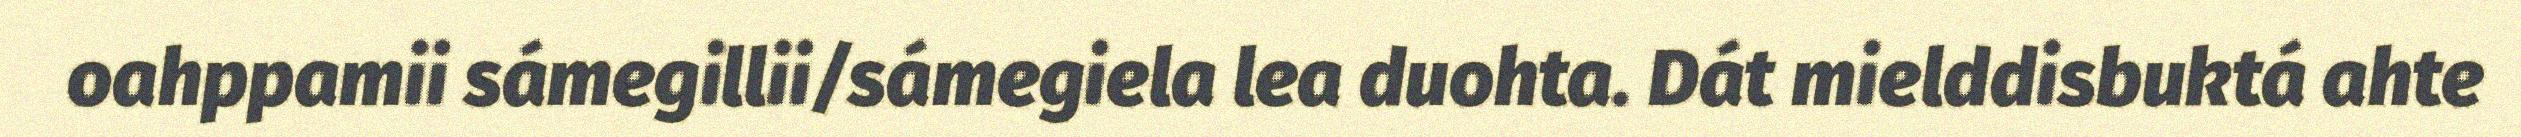
oahppamii sámegillii/sámegiela lea duohta. Dát mielddisbuktá ahte